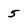
Character: 5